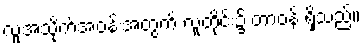
လူ့အသိုက်အဝန်းအတွက် လူတိုင်း၌ တာဝန် ရှိသည်။